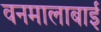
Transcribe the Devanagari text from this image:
वनमालाबाई